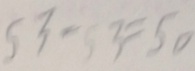
5 3 - 3 = 5 0